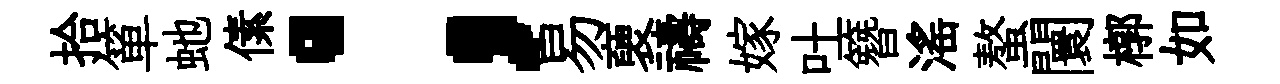
拾箪虵傃；易褏禱嫁吐簪滛螯闤槨如